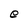
Character: e